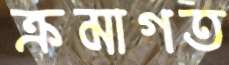
ক্রমাগত